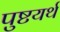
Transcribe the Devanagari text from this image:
पुष्टयर्थ